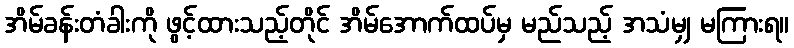
အိမ်ခန်းတံခါးကို ဖွင့်ထားသည့်တိုင် အိမ်အောက်ထပ်မှ မည်သည့် အသံမျှ မကြားရ။